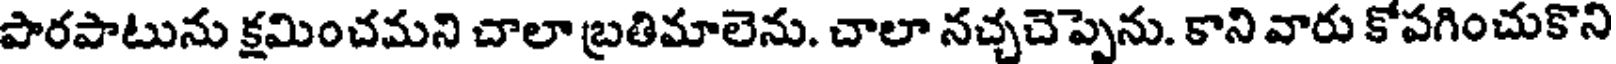
పారపాటును క్షమించమని చాలా బ్రతిమాలెను. చాలా నచ్చచెప్పెను. కాని వారు కోపగించుకొని